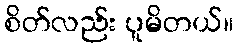
စိတ်လည်း ပူမိတယ်။